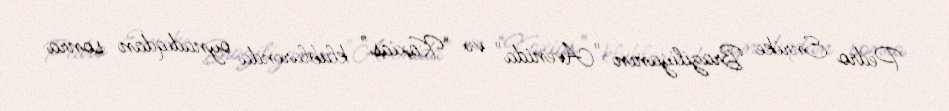
Pedro Enrike Braziliyanın "Avenida" və "Kaxias" klublarında oynadıqdan sonra